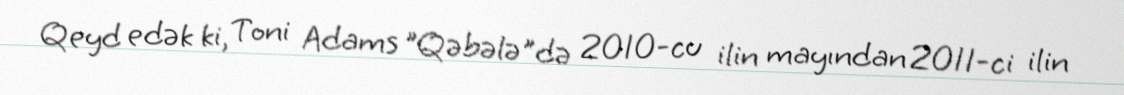
Qeyd edək ki, Toni Adams "Qəbələ"də 2010-cu ilin mayından 2011-ci ilin